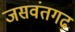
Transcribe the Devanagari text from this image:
जसवंतगढ़